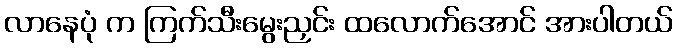
လာနေပုံ က ကြက်သီးမွေးညှင်း ထလောက်အောင် အားပါတယ်